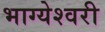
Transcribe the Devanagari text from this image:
भाग्येश्वरी